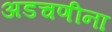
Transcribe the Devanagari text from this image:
अडचणीना